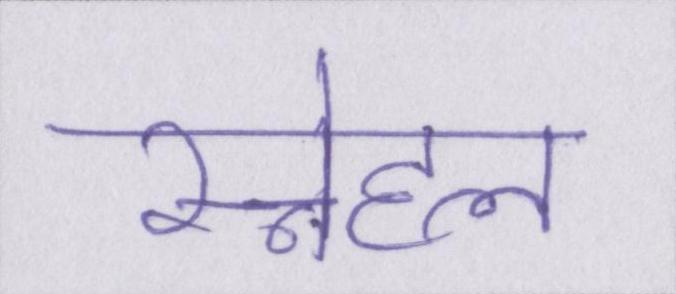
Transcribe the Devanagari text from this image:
स्नेहल